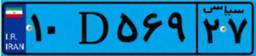
۸۰D۶۱۵۰۵